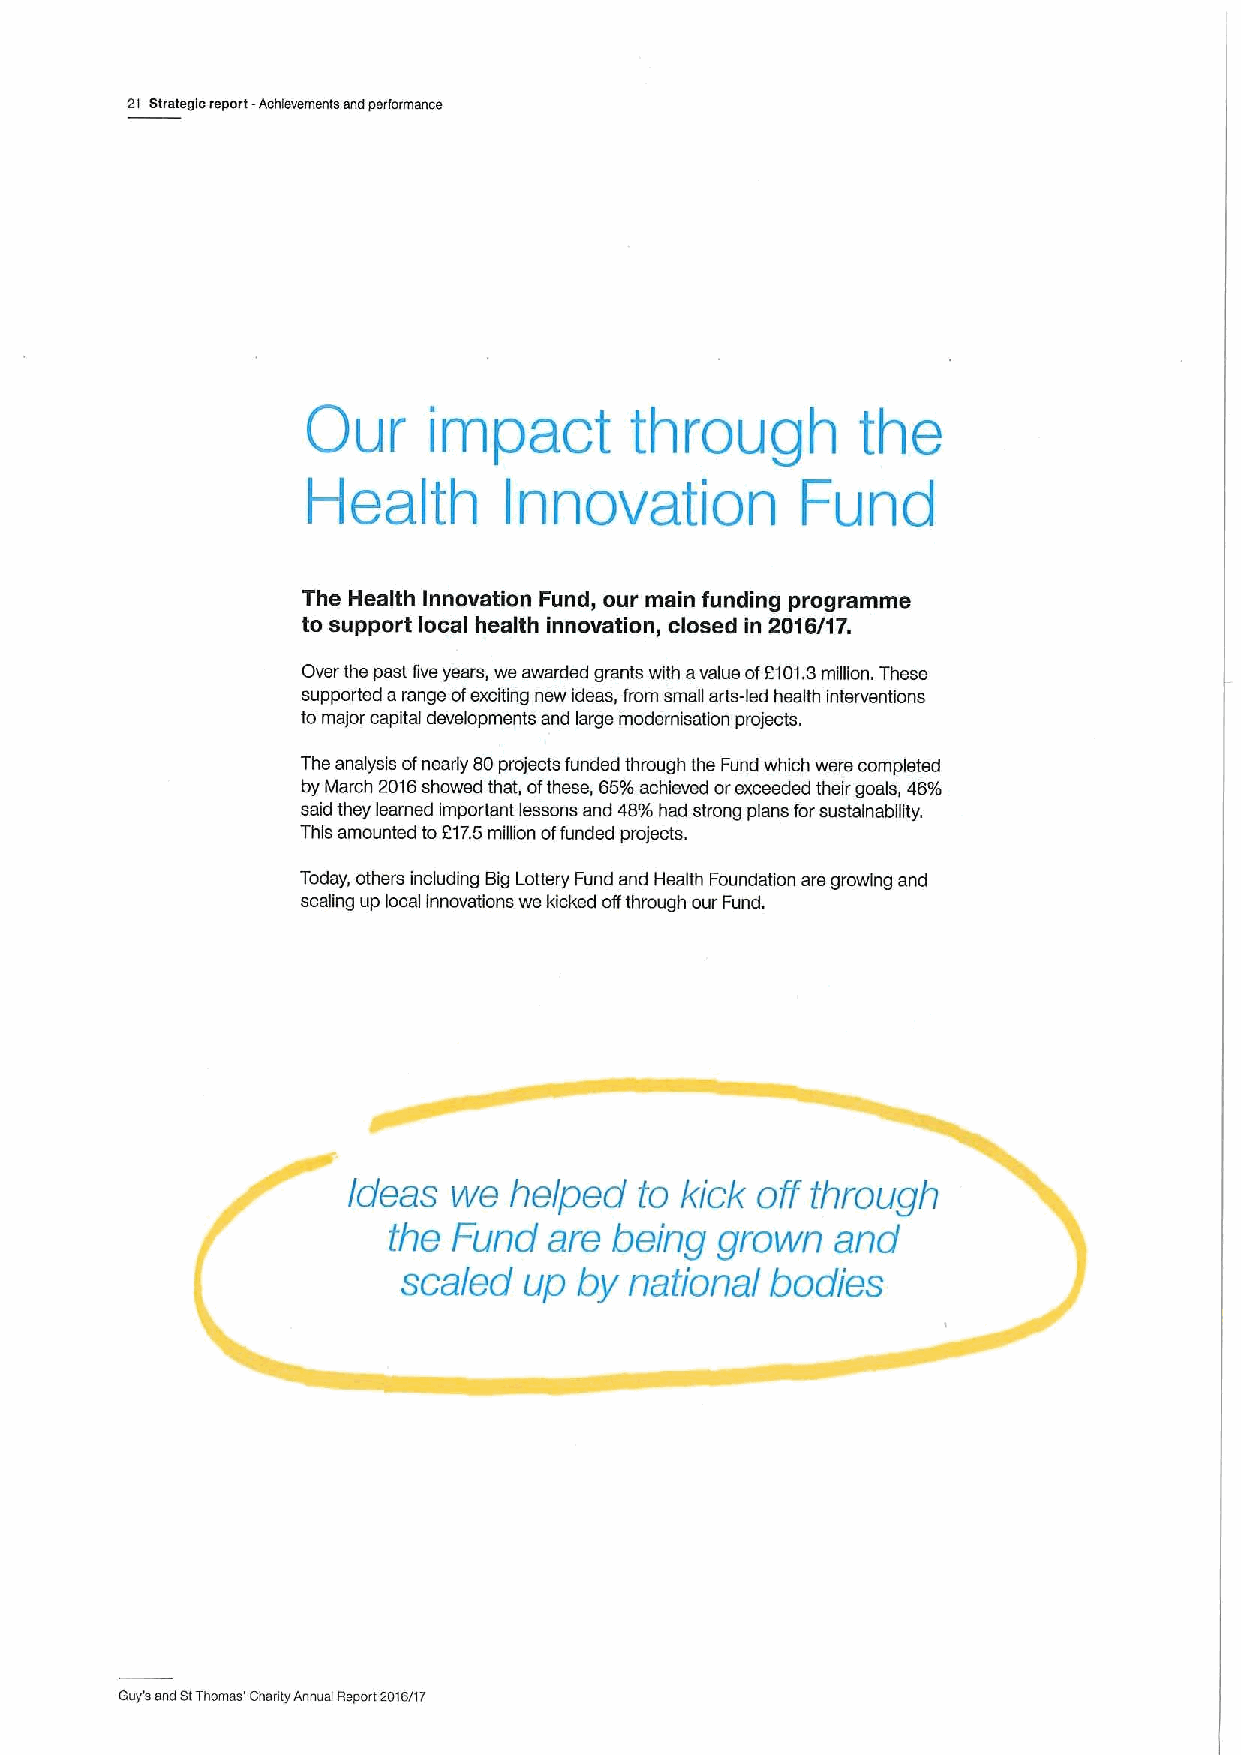
2t Strategic report -Achievements end performance
 Our     impact        through        the
 Health       Innovation          Fund
 The Health Innovation Fund, our main funding programme
 to support local health innovation, closed in 2016/17.
 Over the past five years, we awarded grants with avalue of2101.3 million. These
 supported arange ofexciting new ideas, from small arts-led health interventions
 to major capital developments and large modemisation projects.
 The analysis ofnearly 80projects funded through the Fund which were completed
 by March 2016showed that, ofthese, 65%achieved orexceeded their goals, 46%
 said they learned important lessons and 48%had strong plans forsustainability.
 This amounted to2175milion offunded projects.
 Today, others including Big Lottery Fund and Health Foundation are growing and
 scaling up local innovations we kicked offthrough our Fund.
 Ideas  we  helped  to kick off through
 the Fund  are  being grown   and
 scaled  up by  national bodies
 Guy'a and StThomas' shanty Annual Report 201Slfr